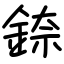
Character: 錼